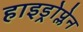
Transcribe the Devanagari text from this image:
हाइड्रोप्लेन